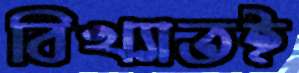
বিখ্যাতই